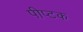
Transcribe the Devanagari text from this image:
पीप्टक